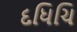
દધિચિ